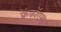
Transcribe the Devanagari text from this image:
फ्रेंकॉएस